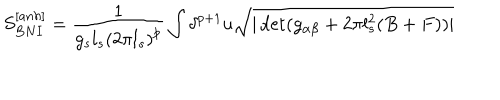
LaTeX: S _ { B N I } ^ { [ a n h ] } = \frac { 1 } { g _ { s } l _ { s } \left( 2 \pi l _ { s } \right) ^ { p } } \int \delta ^ { p + 1 } u \sqrt { | \det ( g _ { \alpha \beta } + 2 \pi l _ { s } ^ { 2 } ( B + F ) ) | }